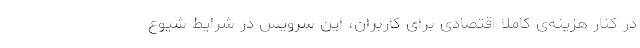
در کنار هزینه‌ی کاملا اقتصادی برای کاربران، این سرویس در شرایط شیوع